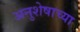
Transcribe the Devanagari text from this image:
अनुशेषाच्या